Source: Handwritten
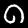
Digit: ၈ (8)